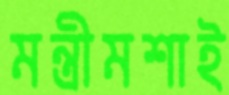
মন্ত্রীমশাই